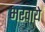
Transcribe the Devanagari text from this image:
भरवाये